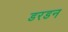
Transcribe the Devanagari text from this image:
डरडन